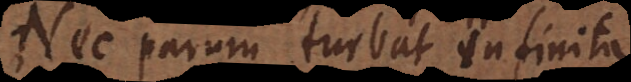
Nec parum turbat infinita